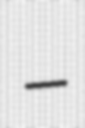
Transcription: –